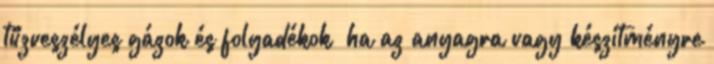
tűzveszélyes gázok és folyadékok ha az anyagra vagy készítményre